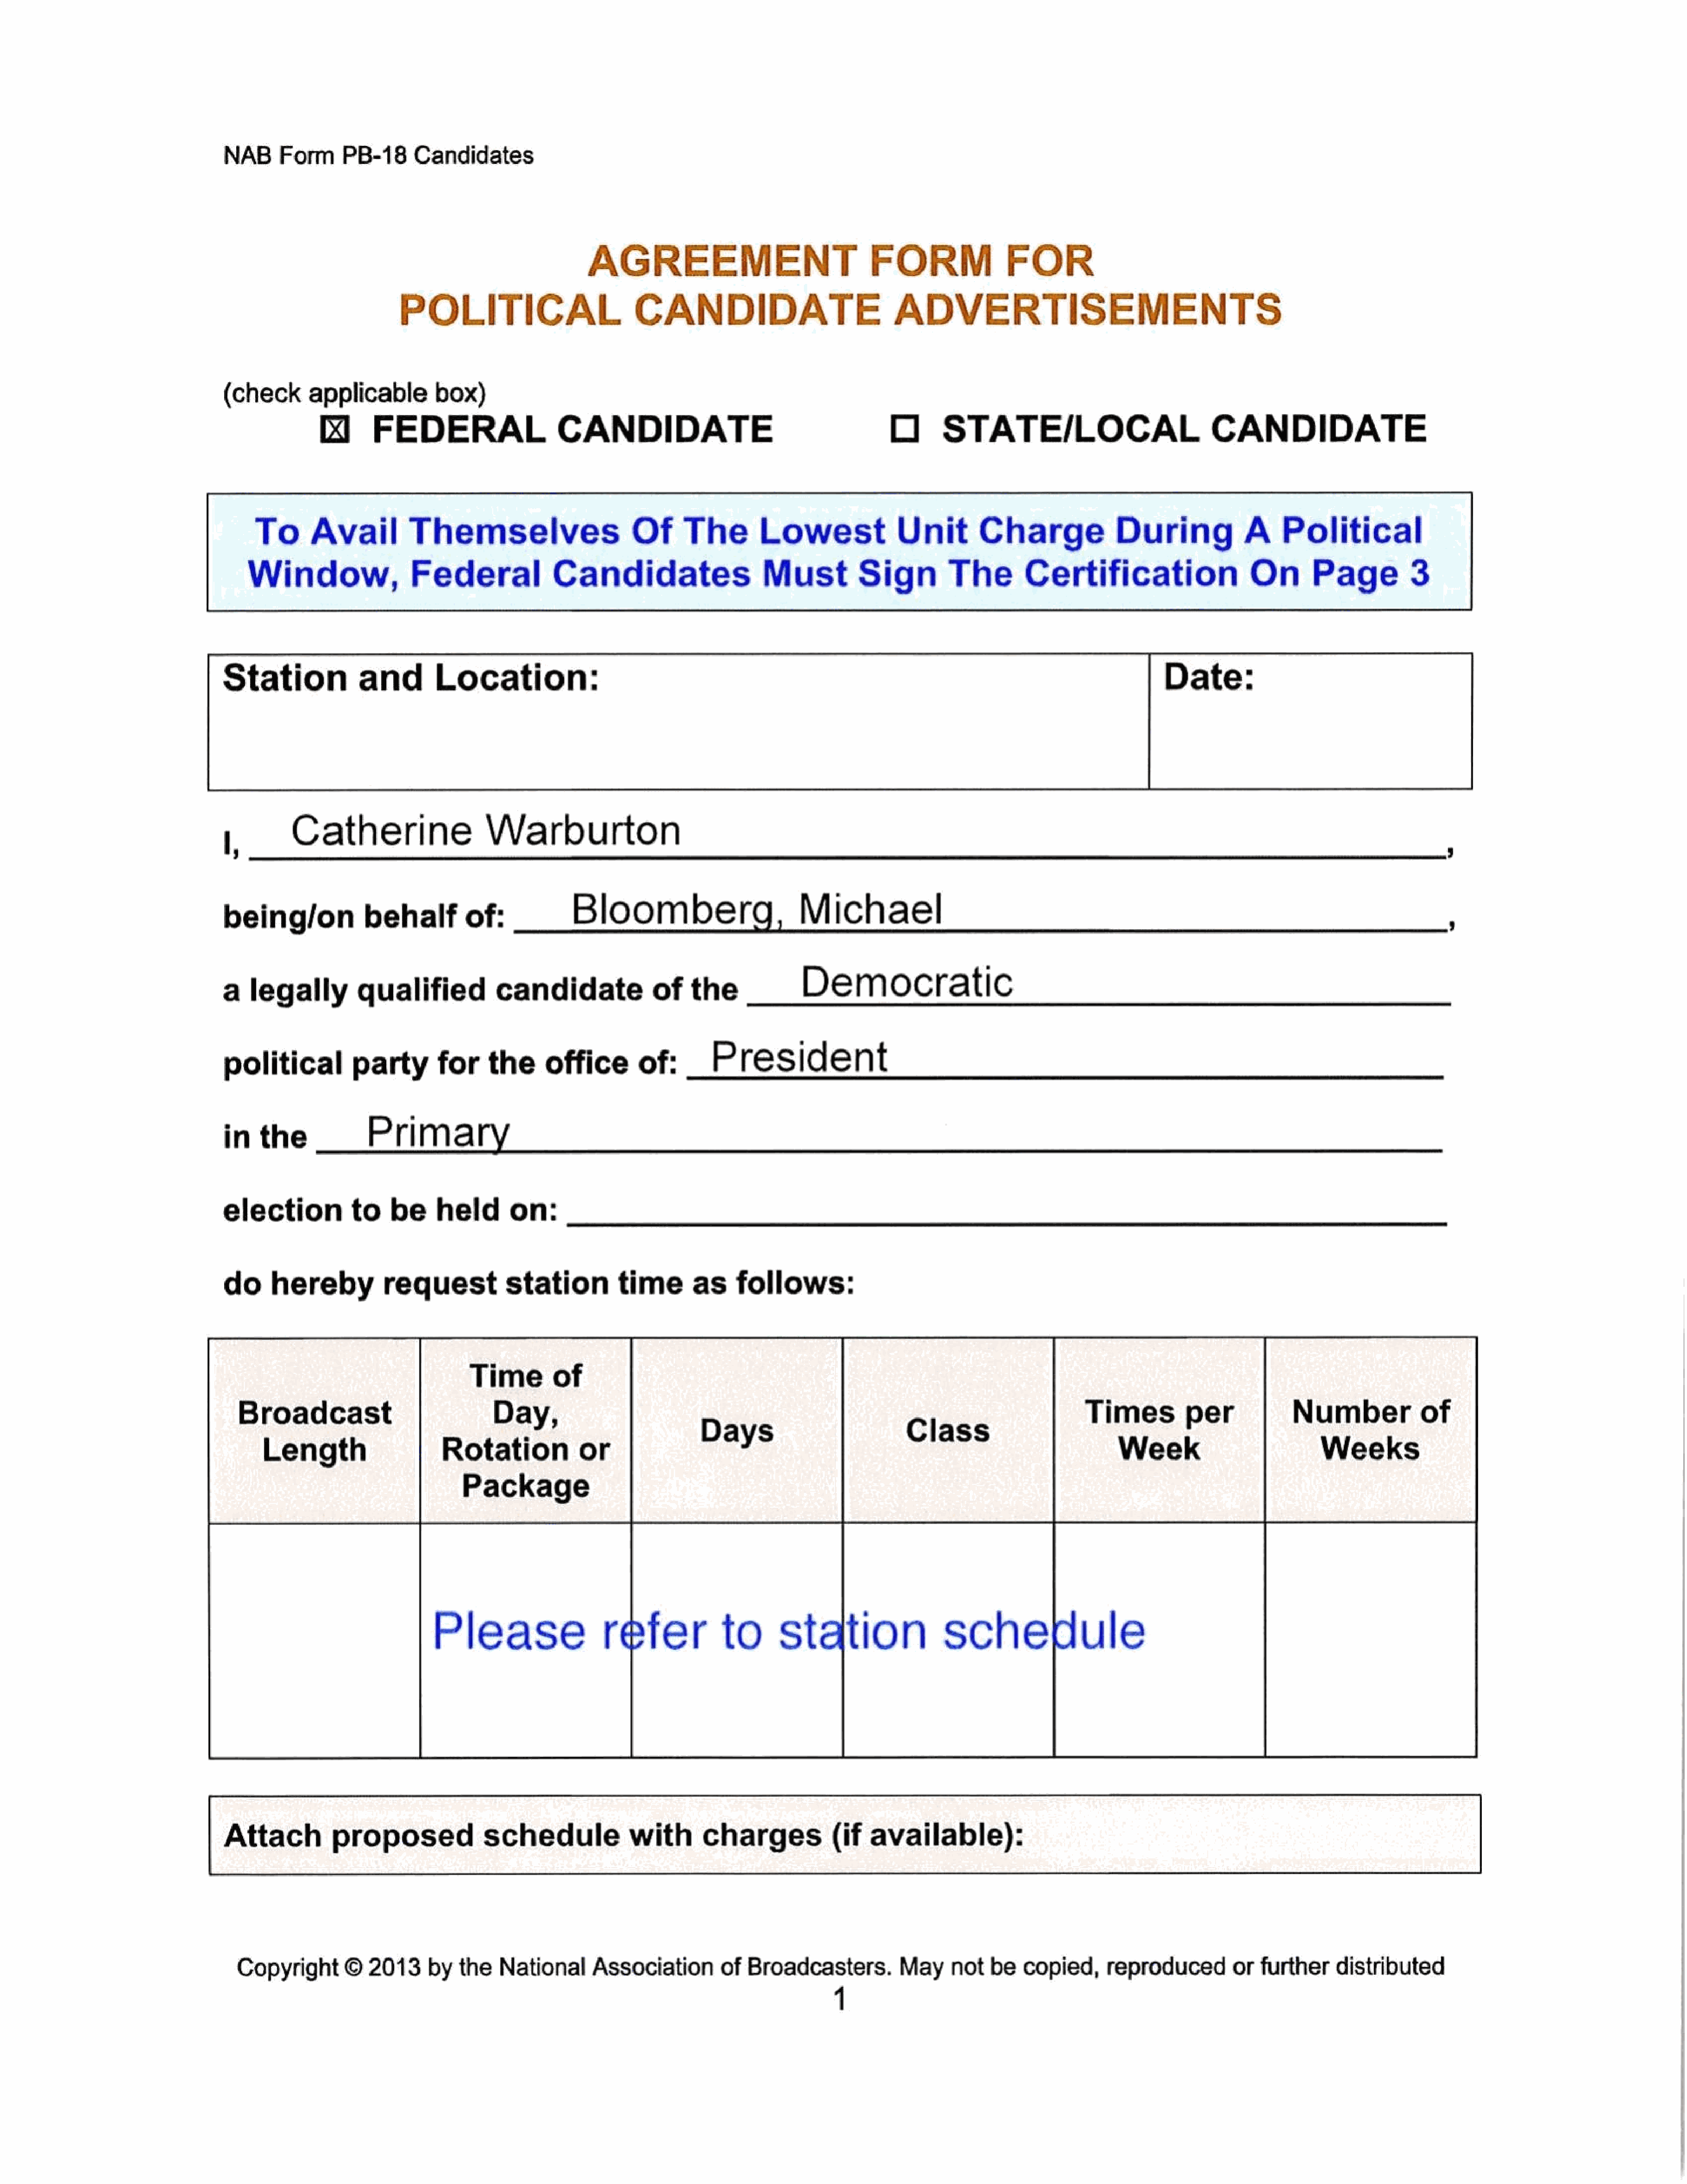
NAB     Form     PB-18     Candidates
 AGREEMENT                                FORM               FOR
 POLITICAL                         CANDIDATE                            ADVERTISEMENTS
 (check      applicable        box)
 fk     FEDERAL                    CANDIDATE                                      O       STATE/LOCAL                           CANDIDATE
 To      Avail         Themselves                      Of      The        Lowest             Unit        Charge              During            Political
 Window,              Federal                Candidates                    Must          Sign         The        Certification                   On       Page          3
 Station            and        Location:                                                                                                Date:
 1,__      Catherine                   Warburton
 ,
 being/on            behalf         of:            Bloomberg,                      Michael
 a   legally        qualified           candidate             of    the             Democratic
 political         party        for    the     office       of:        President
 inthe                Primary
 election          to    be     held      on:
 do     hereby          requeststation                   time       as    follows:
 Time        of
 Broadcast                            Day,                                                                                Times          per            Number         of
 Length                   Rotation            or                                                                           Week                         Weeks
 Package
 Please                  refer            to       station                schedule
 Attach          proposed             schedule             with      charges(if              available):
 Copyright      ©   2013    by   the   National     Association       of  Broadcasters.         May    not   be  copied,     reproducedorfurtherdistributed